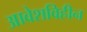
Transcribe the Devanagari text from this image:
आवेशविहीन